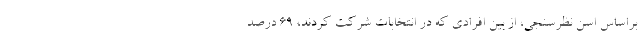
براساس اسن نظرسنجی، از بین افرادی که در انتخابات شرکت کردند، ۶۹ درصد